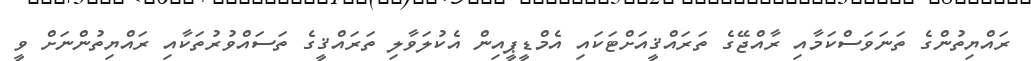
ރައްޔިތުންގެ ތަނަވަސްކަމާއި ރާއްޖޭގެ ތަރައްޤީއަށްޓަކައި އެމްޑީޕީއިން އެކުލަވާލި ތަރައްޤީގެ ތަސައްވުރުތަކާއި ރައްޔިތުންނަށް ވީ